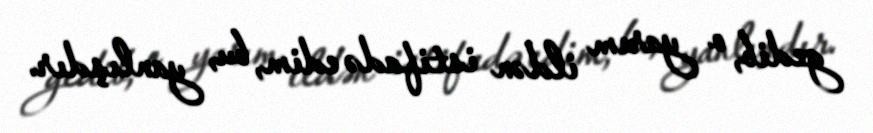
gedib, o yarım ildən istifadə edim, bu, yanlışdır.